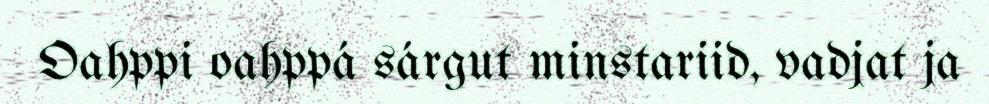
Oahppi oahppá sárgut minstariid, vadjat ja